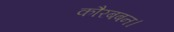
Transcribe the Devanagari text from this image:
कौरबबन।